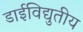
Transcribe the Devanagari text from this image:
डाईविद्युतीय